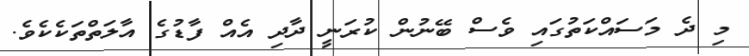
މި ދެ މަސައްކަތުގައި ވެސް ބޭނުން ކުރަނީ ދާދި އެއް ފާޑުގެ އާލަތްތަކެކެވެ.